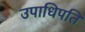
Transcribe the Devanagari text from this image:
उपाधिपति